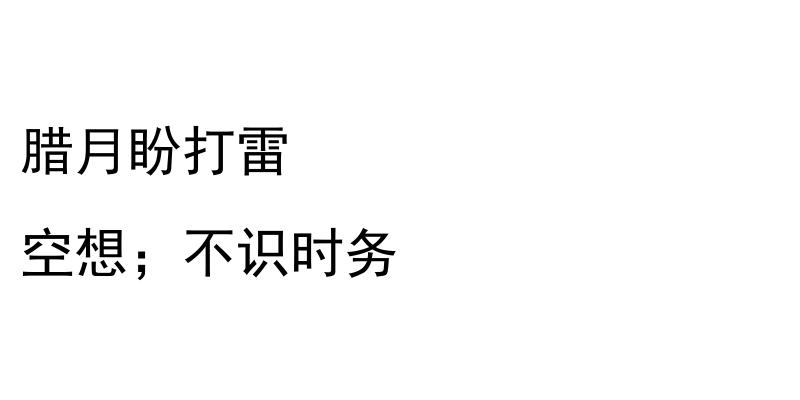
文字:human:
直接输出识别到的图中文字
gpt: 腊月盼打雷 空想；不识时务